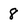
Character: 8